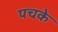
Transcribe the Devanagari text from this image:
पचके